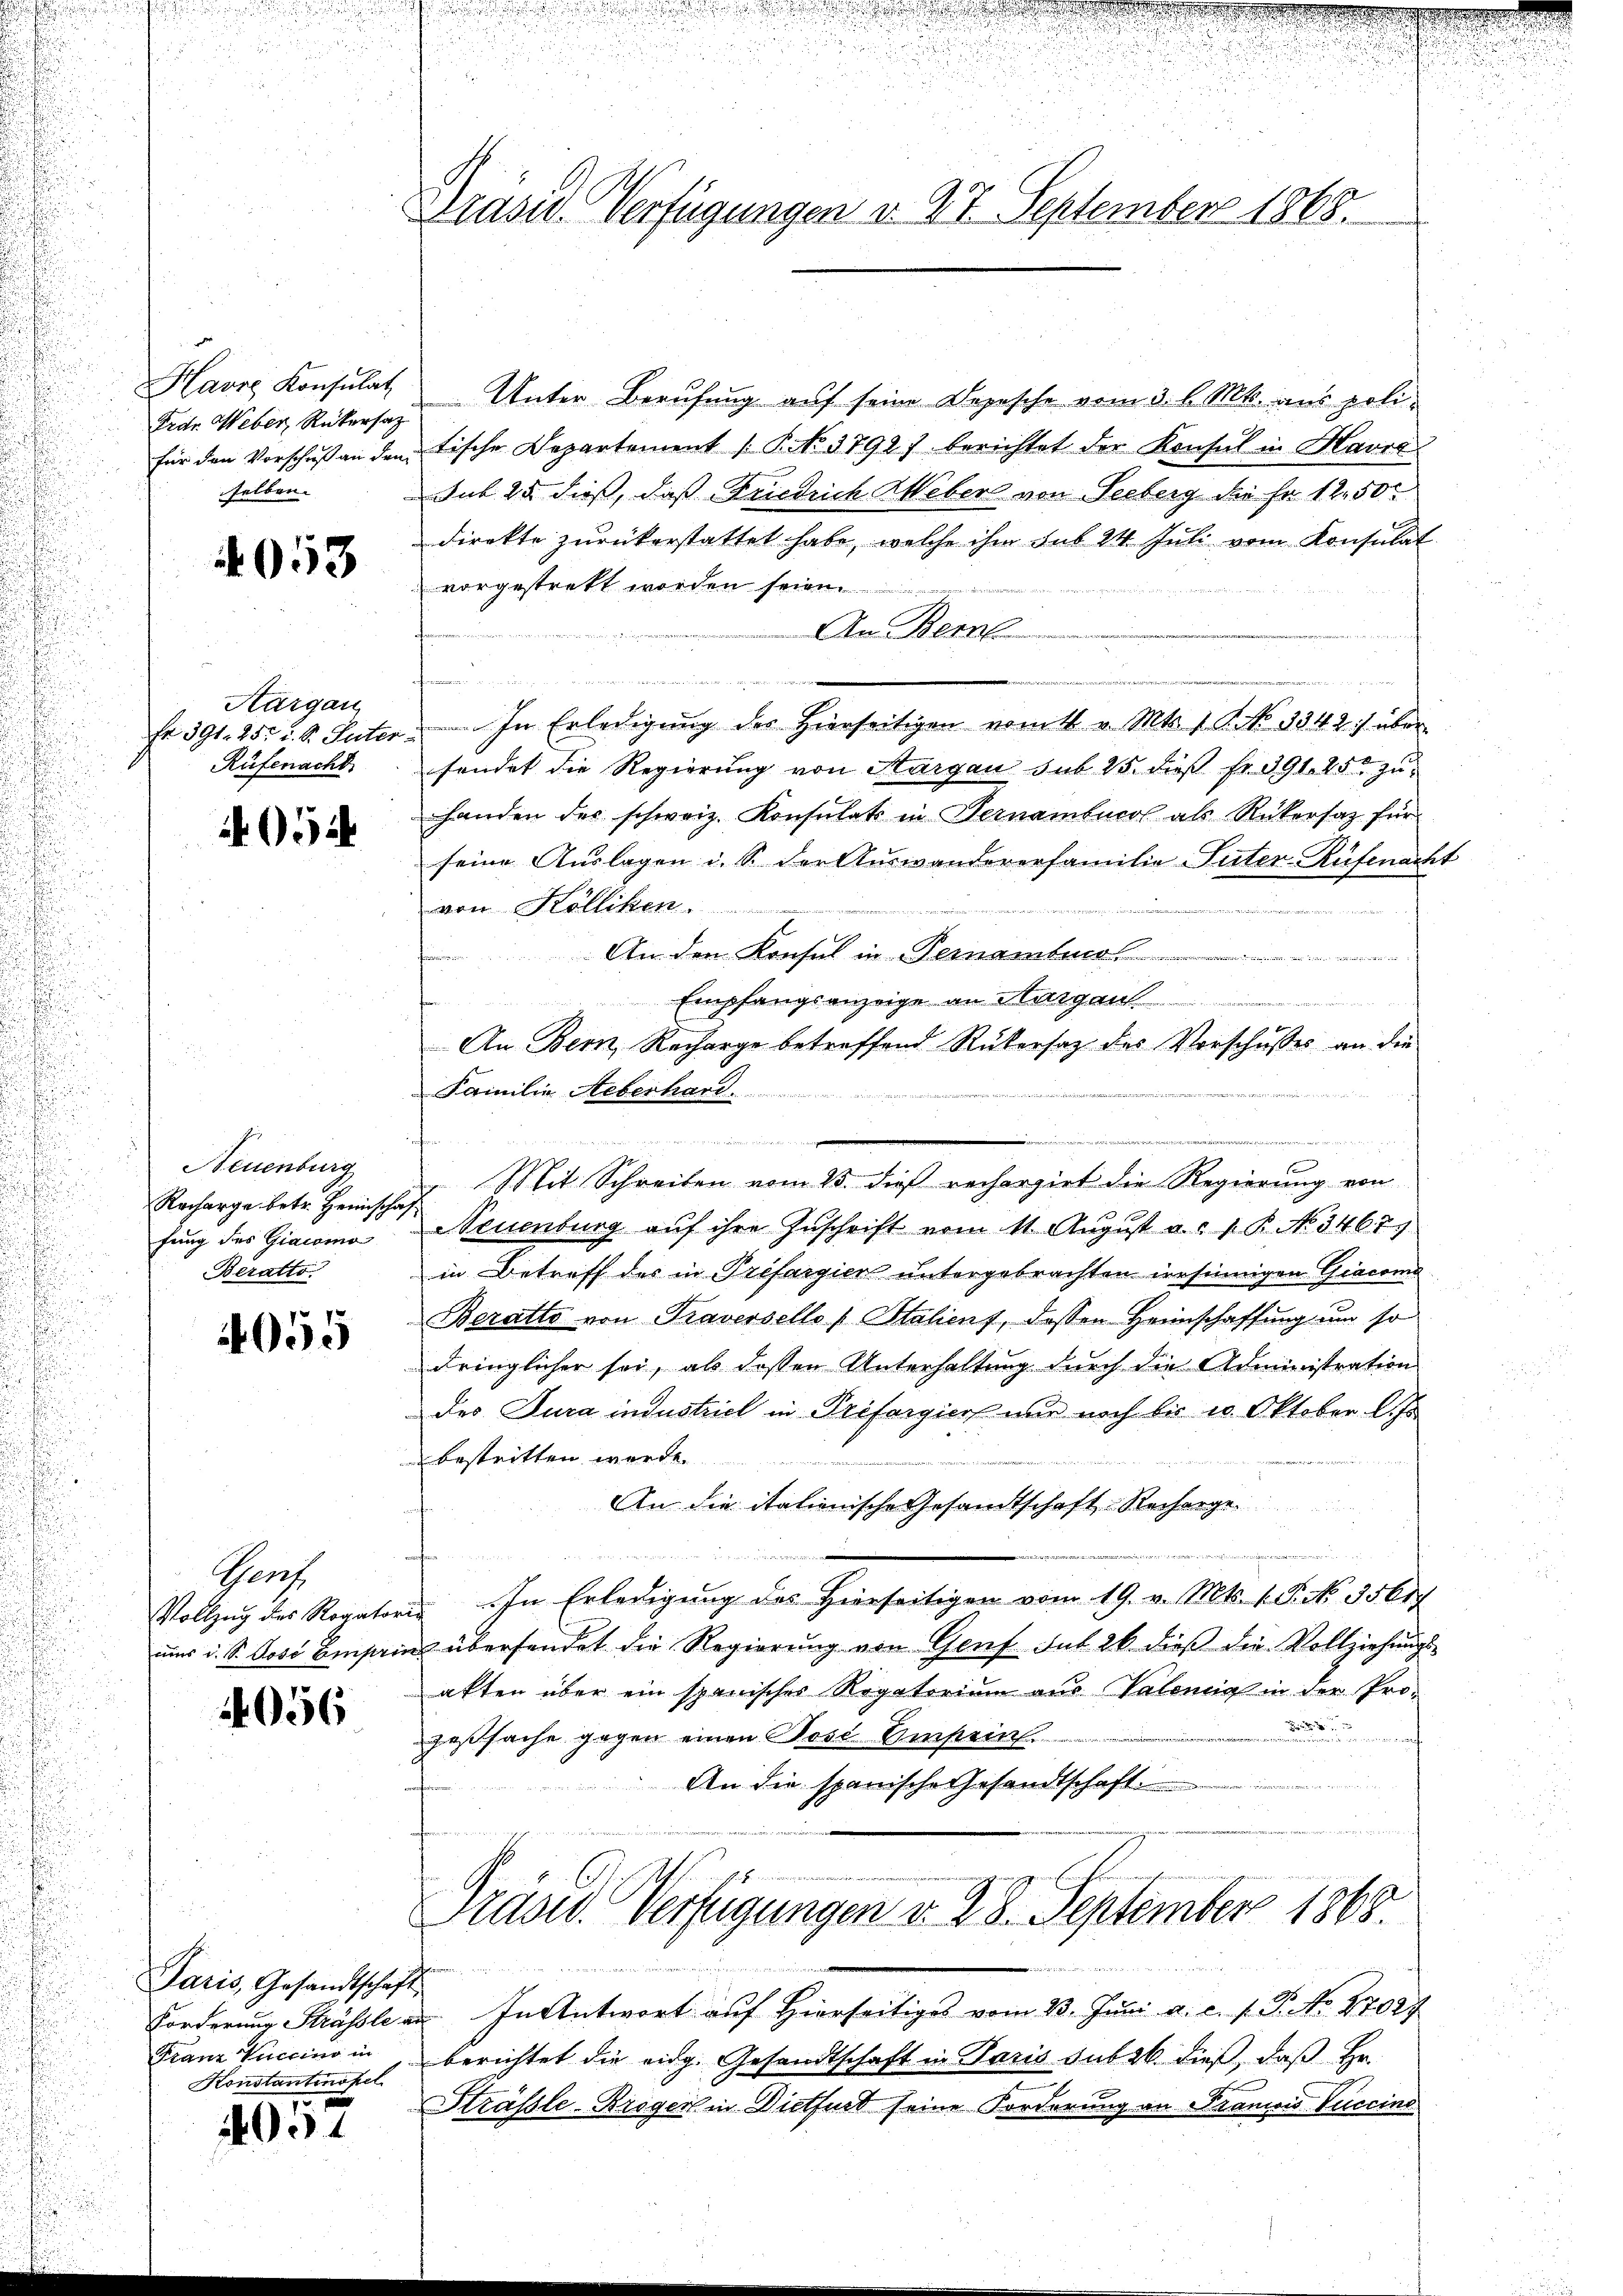
r
Havre Konsulat
Erdr. Weber, Rükersatz
selben.

053

Aargau
Fr. 391. 25. d. S. Puter.
Rüfenacht

052

Neuenburg
Recharge betr. Heimscha,
fung des Giacomo
Beratto.

4055

Theat
Vollzug des Rogatori
ums d. S. Jose Einsern

4056

Paris, Gesandtschaft
Konstantinopel

70.
1004

Präsid. Verfügungen v. 27. September 1868.

Unter Berufung auf seine Depesche vom 3. l. Mts. aus polifür den Vorschŭβ an den Fische Departement /: P. No. 1792 berichtet der Konsul in Havre
Sub 25 dieß, daß Friedrich Weber von Seeberg der Fr. 1250
direkte zurückerstattet habe, welche ihm sub 24 Juli vom Konsulat
vorgestrett worden seien.
n
An Beme

 ..  ..  .
In Erledigung der hierseitigen vom t v. Mts. 1. No 1342) über
fendet die Regierung von Margau sub 215. dieß fr. 391. 250 zu
handen der schweiz. Konsulats in Vernambucol als Rükersatz für
seine Auslagen u. S. der Auswandererfamilie Suter-Rüfenacht
von Kölliken
An den Konsul in Beamtun
Empfangsanzeige an Margau
An Bern, Recharge betreffend Rükersatz des Vorschusses an die
Familie Aeberhard.
.
m
1
Mit Schreiben vom 15. dieß rechergiet die Regierung von
Neuenburg auf ihre Zuschrift vom 11. August a. c. v. P. No. 3467)
in Betreff des in Préfargien untergebrachten irrsinnigen Giacomo
Beratto von Traversello Stalienf, dessen Heimschaffung um so
dringlicher sei, als dessen Unterhaltung durch die Administration
des Jura industriel in Prefergier nur noch bis 10 Oktober l. Js
 bestritten worde
An die itationische Gesandtschaft Recharge.
n
wen u. einer in in eeren gewie
 In Erledigung des Hierseitigen vom 19. v. Mts. 1. P. Nr. 356rg
 übersendet die Regierung von Genf gut 26. dieß die Vollziehungsakten über ein spanisches Rogatorium aus Valenig in der Pro-
 nun f
zeßsache gegen einen Pose-Ompeir.

An die spanische Gesandtschaft.

Präsid. Verfügungen d. 28. September 1868.

Forderung Strässle an. In Antwort auf Hierseitiges vom 23. Juni a. c. s. P. No. 27027
Franz Luccino in berichtet die eidg. Gesandtschaft in Varis sub 26. dieß, daß Hr.
Strässle-Krogen in Dietfurt seine Forderung an Francois Luccine